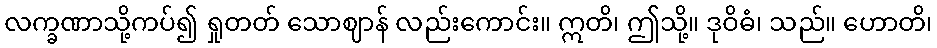
လက္ခဏာသို့ကပ်၍ ရှုတတ် သောဈာန် လည်းကောင်း။ ဣတိ၊ ဤသို့။ ဒုဝိဓံ၊ သည်။ ဟောတိ၊